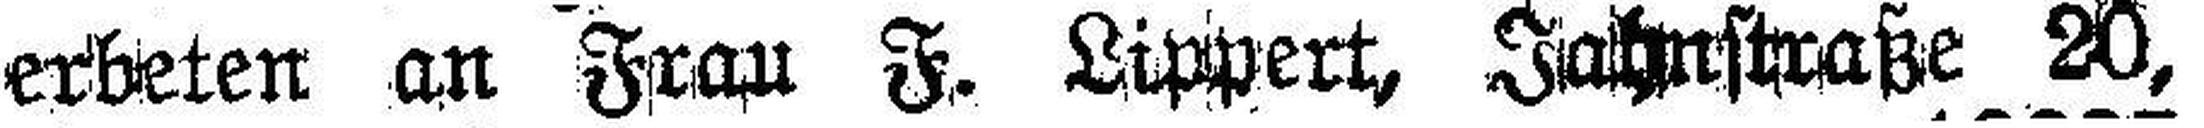
erbeten an Frau F. Lippert, Jahnstraße 20,